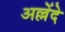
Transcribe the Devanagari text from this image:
अल्लेंदे